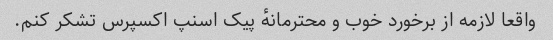
واقعا لازمه از برخورد خوب و محترمانهٔ پیک اسنپ اکسپرس تشکر کنم.